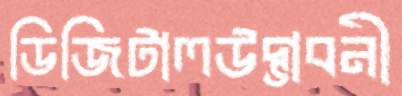
ডিজিটালউদ্ভাবনী